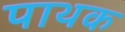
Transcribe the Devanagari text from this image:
पाथक